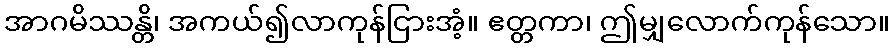
အာဂမိဿန္တိ၊ အကယ်၍လာကုန်ငြားအံ့။ ဧတ္တကာ၊ ဤမျှလောက်ကုန်သော။